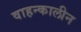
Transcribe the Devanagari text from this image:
वाहन्कालीन